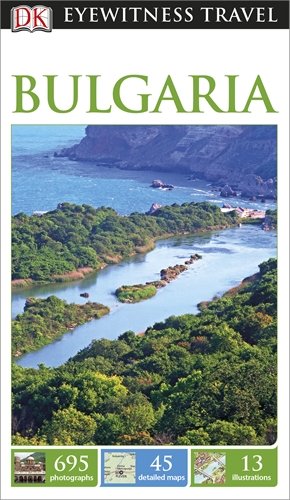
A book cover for DK Eyewitness Travel Guide: Bulgaria; Collectif; Travel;